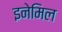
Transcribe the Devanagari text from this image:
इनेमिल